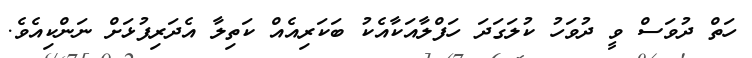
ހަތް ދުވަސް ވީ ދުވަހު ކުލަގަދަ ހަފްލާއަކާއެކު ބަކަރިއެއް ކަތިލާ އެދަރިފުޅަށް ނަންކިއެވެ.